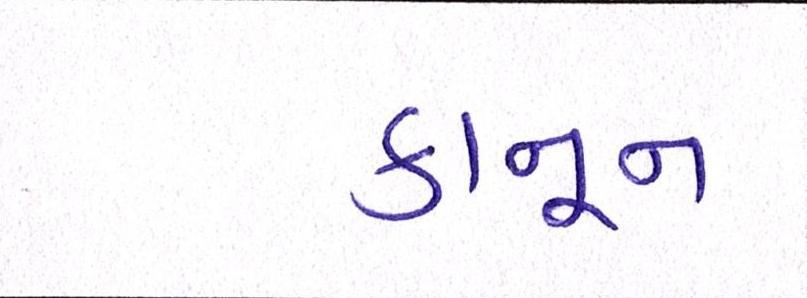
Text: કાનૂન